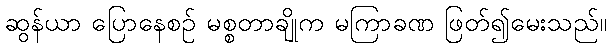
ဆွန်ယာ ပြောနေစဉ် မစ္စတာချိုက မကြာခဏ ဖြတ်၍မေးသည်။